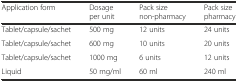
| Application form | Dosage per unit | Pack size non-pharmacy | Pack size pharmacy |
 | --- | --- | --- | --- |
 | Tablet/capsule/sachet | 500 mg | 12 units | 24 units |
 | Tablet/capsule/sachet | 600 mg | 10 units | 20 units |
 | Tablet/capsule/sachet | 1000 mg | 6 units | 12 units |
 | Liquid | 50 mg/ml | 60 ml | 240 ml |